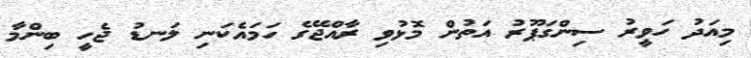
މިއަދު ހަވީރު ސިންގަޕޫރު އަތުން މޮޅުވި ރާއްޖޭގެ ހަމައެކަނި ލަނޑު ޖެހީ ބިންމާ